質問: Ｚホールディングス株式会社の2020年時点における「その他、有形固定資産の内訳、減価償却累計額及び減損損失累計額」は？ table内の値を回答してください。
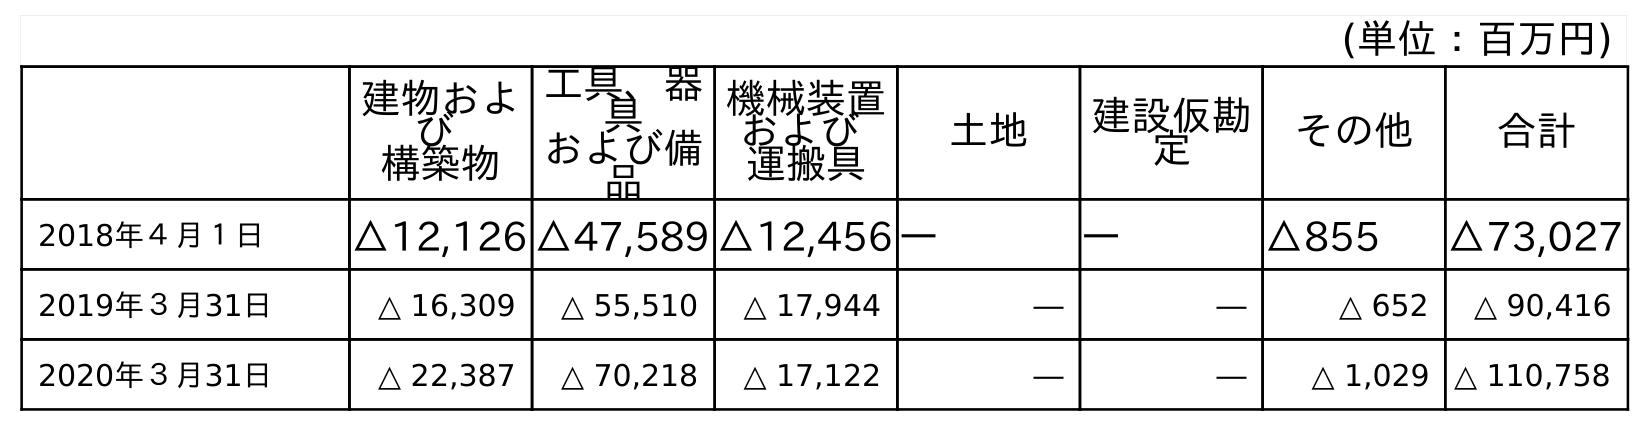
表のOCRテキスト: (単位：百万円) 建物およ び 構築物 工具、器 具 および備 品 機械装置 および 運搬具 土地 建設仮勘 定 その他 合計 2018年４月１日 △12,126 △47,589 △12,456 ― ― △855 △73,027 2019年３月31日 △ 16,309 △ 55,510 △ 17,944 ― ― △ 652 △ 90,416 2020年３月31日 △ 22,387 △ 70,218 △ 17,122 ― ― △ 1,029 △ 110,758
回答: △1,029